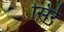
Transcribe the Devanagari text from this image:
सिर्र